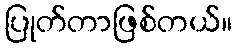
ပြုတ်တာဖြစ်တယ်။